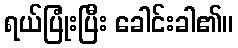
ရယ်ပြုံးပြီး ခေါင်းခါ၏။